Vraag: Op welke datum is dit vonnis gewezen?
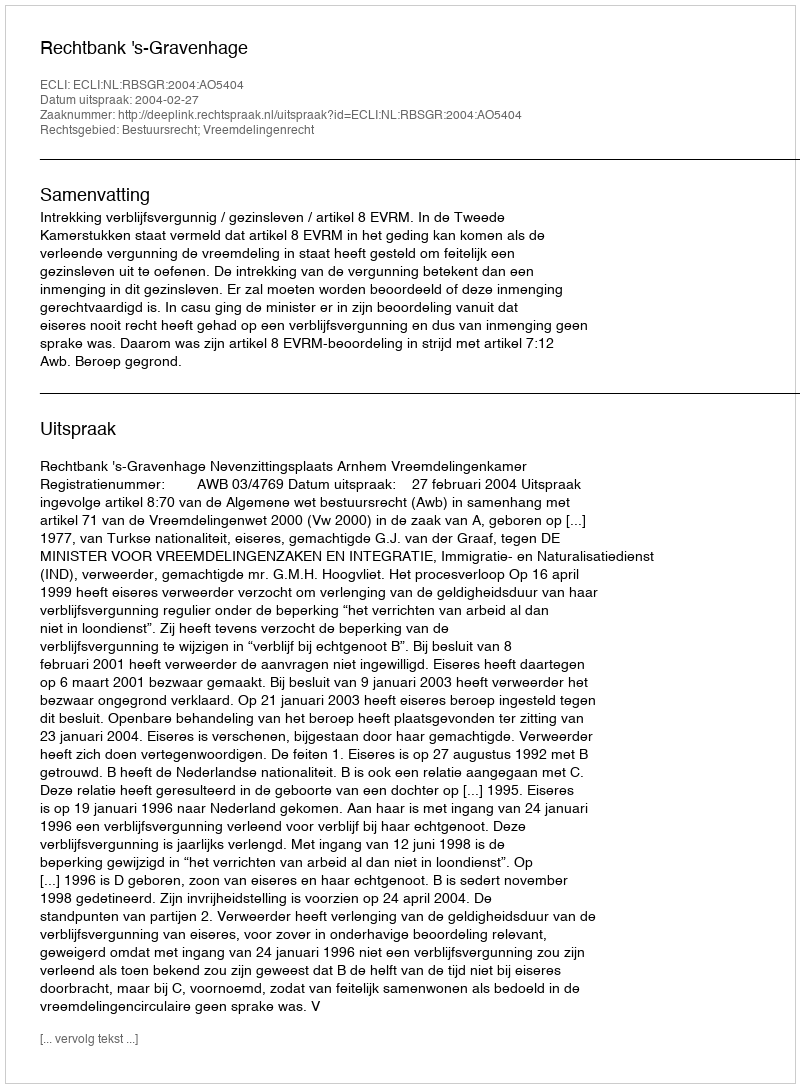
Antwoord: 2004-02-27